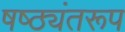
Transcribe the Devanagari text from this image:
षष्ठ्यंतरूप